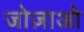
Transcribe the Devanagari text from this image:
जोज़ाओ